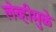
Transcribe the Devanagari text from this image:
लेव्हीमुळे